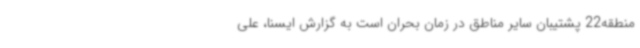
منطقه22 پشتیبان سایر مناطق در زمان بحران است به گزارش ایسنا، علی